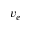
v _ { e }